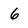
Character: 6